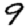
Digit: 9